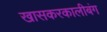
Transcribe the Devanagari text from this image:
खासकरकालीबंग